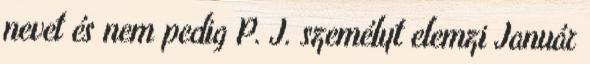
nevet és nem pedig P. J. személyt elemzi Január